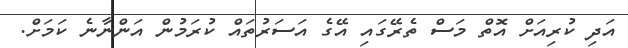
އަދި ކުރިއަށް އޮތް މަސް ތެރޭގައި އޭގެ އަސަރުތައް ކުރަމުން އަންނާނެ ކަމަށް.